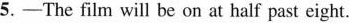
5.-The film will be on at half past eight.